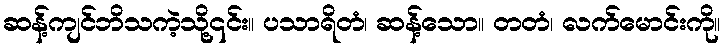
ဆန့်ကျင်ဘိသကဲ့သို့၎င်း။ ပသာရိတံ၊ ဆန့်သော။ တတံ၊ လက်မောင်းကို။